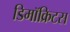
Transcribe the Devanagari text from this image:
डिमॉक्रिटस